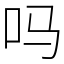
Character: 吗